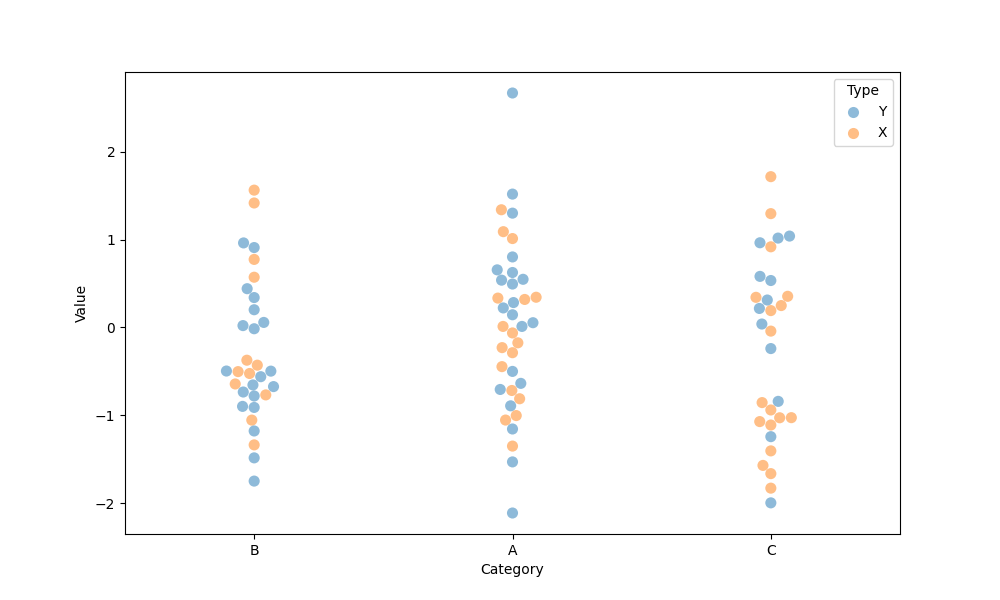
python, seaborn, swarmplot, dodge=False, alpha=0.5, size=8